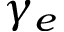
\gamma _ { e }